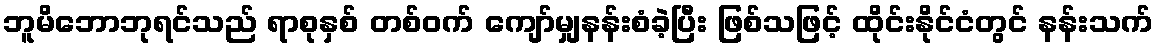
ဘူမိဘောဘုရင်သည် ရာစုနှစ် တစ်ဝက် ကျော်မျှနန်းစံခဲ့ပြီး ဖြစ်သဖြင့် ထိုင်းနိုင်ငံတွင် နန်းသက်